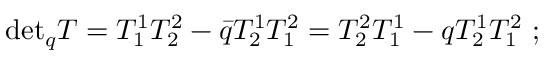
\mathrm { d e t } _ { q } T = T _ { 1 } ^ { 1 } T _ { 2 } ^ { 2 } - \bar { q } T _ { 2 } ^ { 1 } T _ { 1 } ^ { 2 } = T _ { 2 } ^ { 2 } T _ { 1 } ^ { 1 } - q T _ { 2 } ^ { 1 } T _ { 1 } ^ { 2 } \ ;